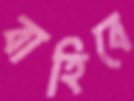
বাহিবে